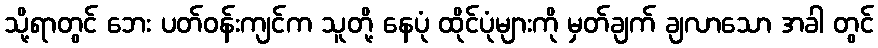
သို့ရာတွင် ဘေး ပတ်ဝန်းကျင်က သူတို့ နေပုံ ထိုင်ပုံများကို မှတ်ချက် ချလာသော အခါ တွင်